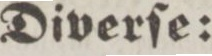
Diverſe: